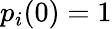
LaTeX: p_{i}(0)=1